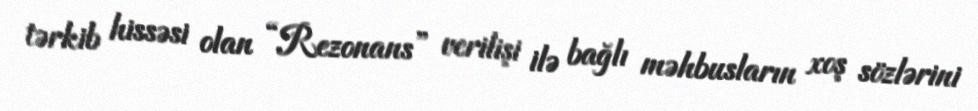
tərkib hissəsi olan “Rezonans” verilişi ilə bağlı məhbusların xoş sözlərini